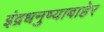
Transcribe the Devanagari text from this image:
इंद्रधनुष्याबाहेर